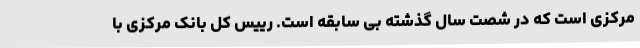
مرکزی است که در شصت سال گذشته بی سابقه است. رییس کل بانک مرکزی با